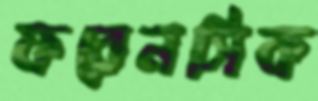
ফরেনসিক